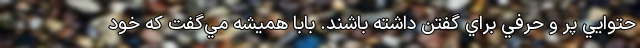
حتوايي پر و حرفي براي گفتن داشته باشند. بابا هميشه مي‌گفت که خود